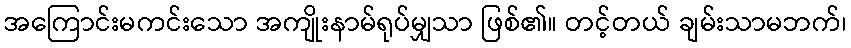
အကြောင်းမကင်းသော အကျိုးနာမ်ရုပ်မျှသာ ဖြစ်၏။ တင့်တယ် ချမ်းသာမဘက်၊